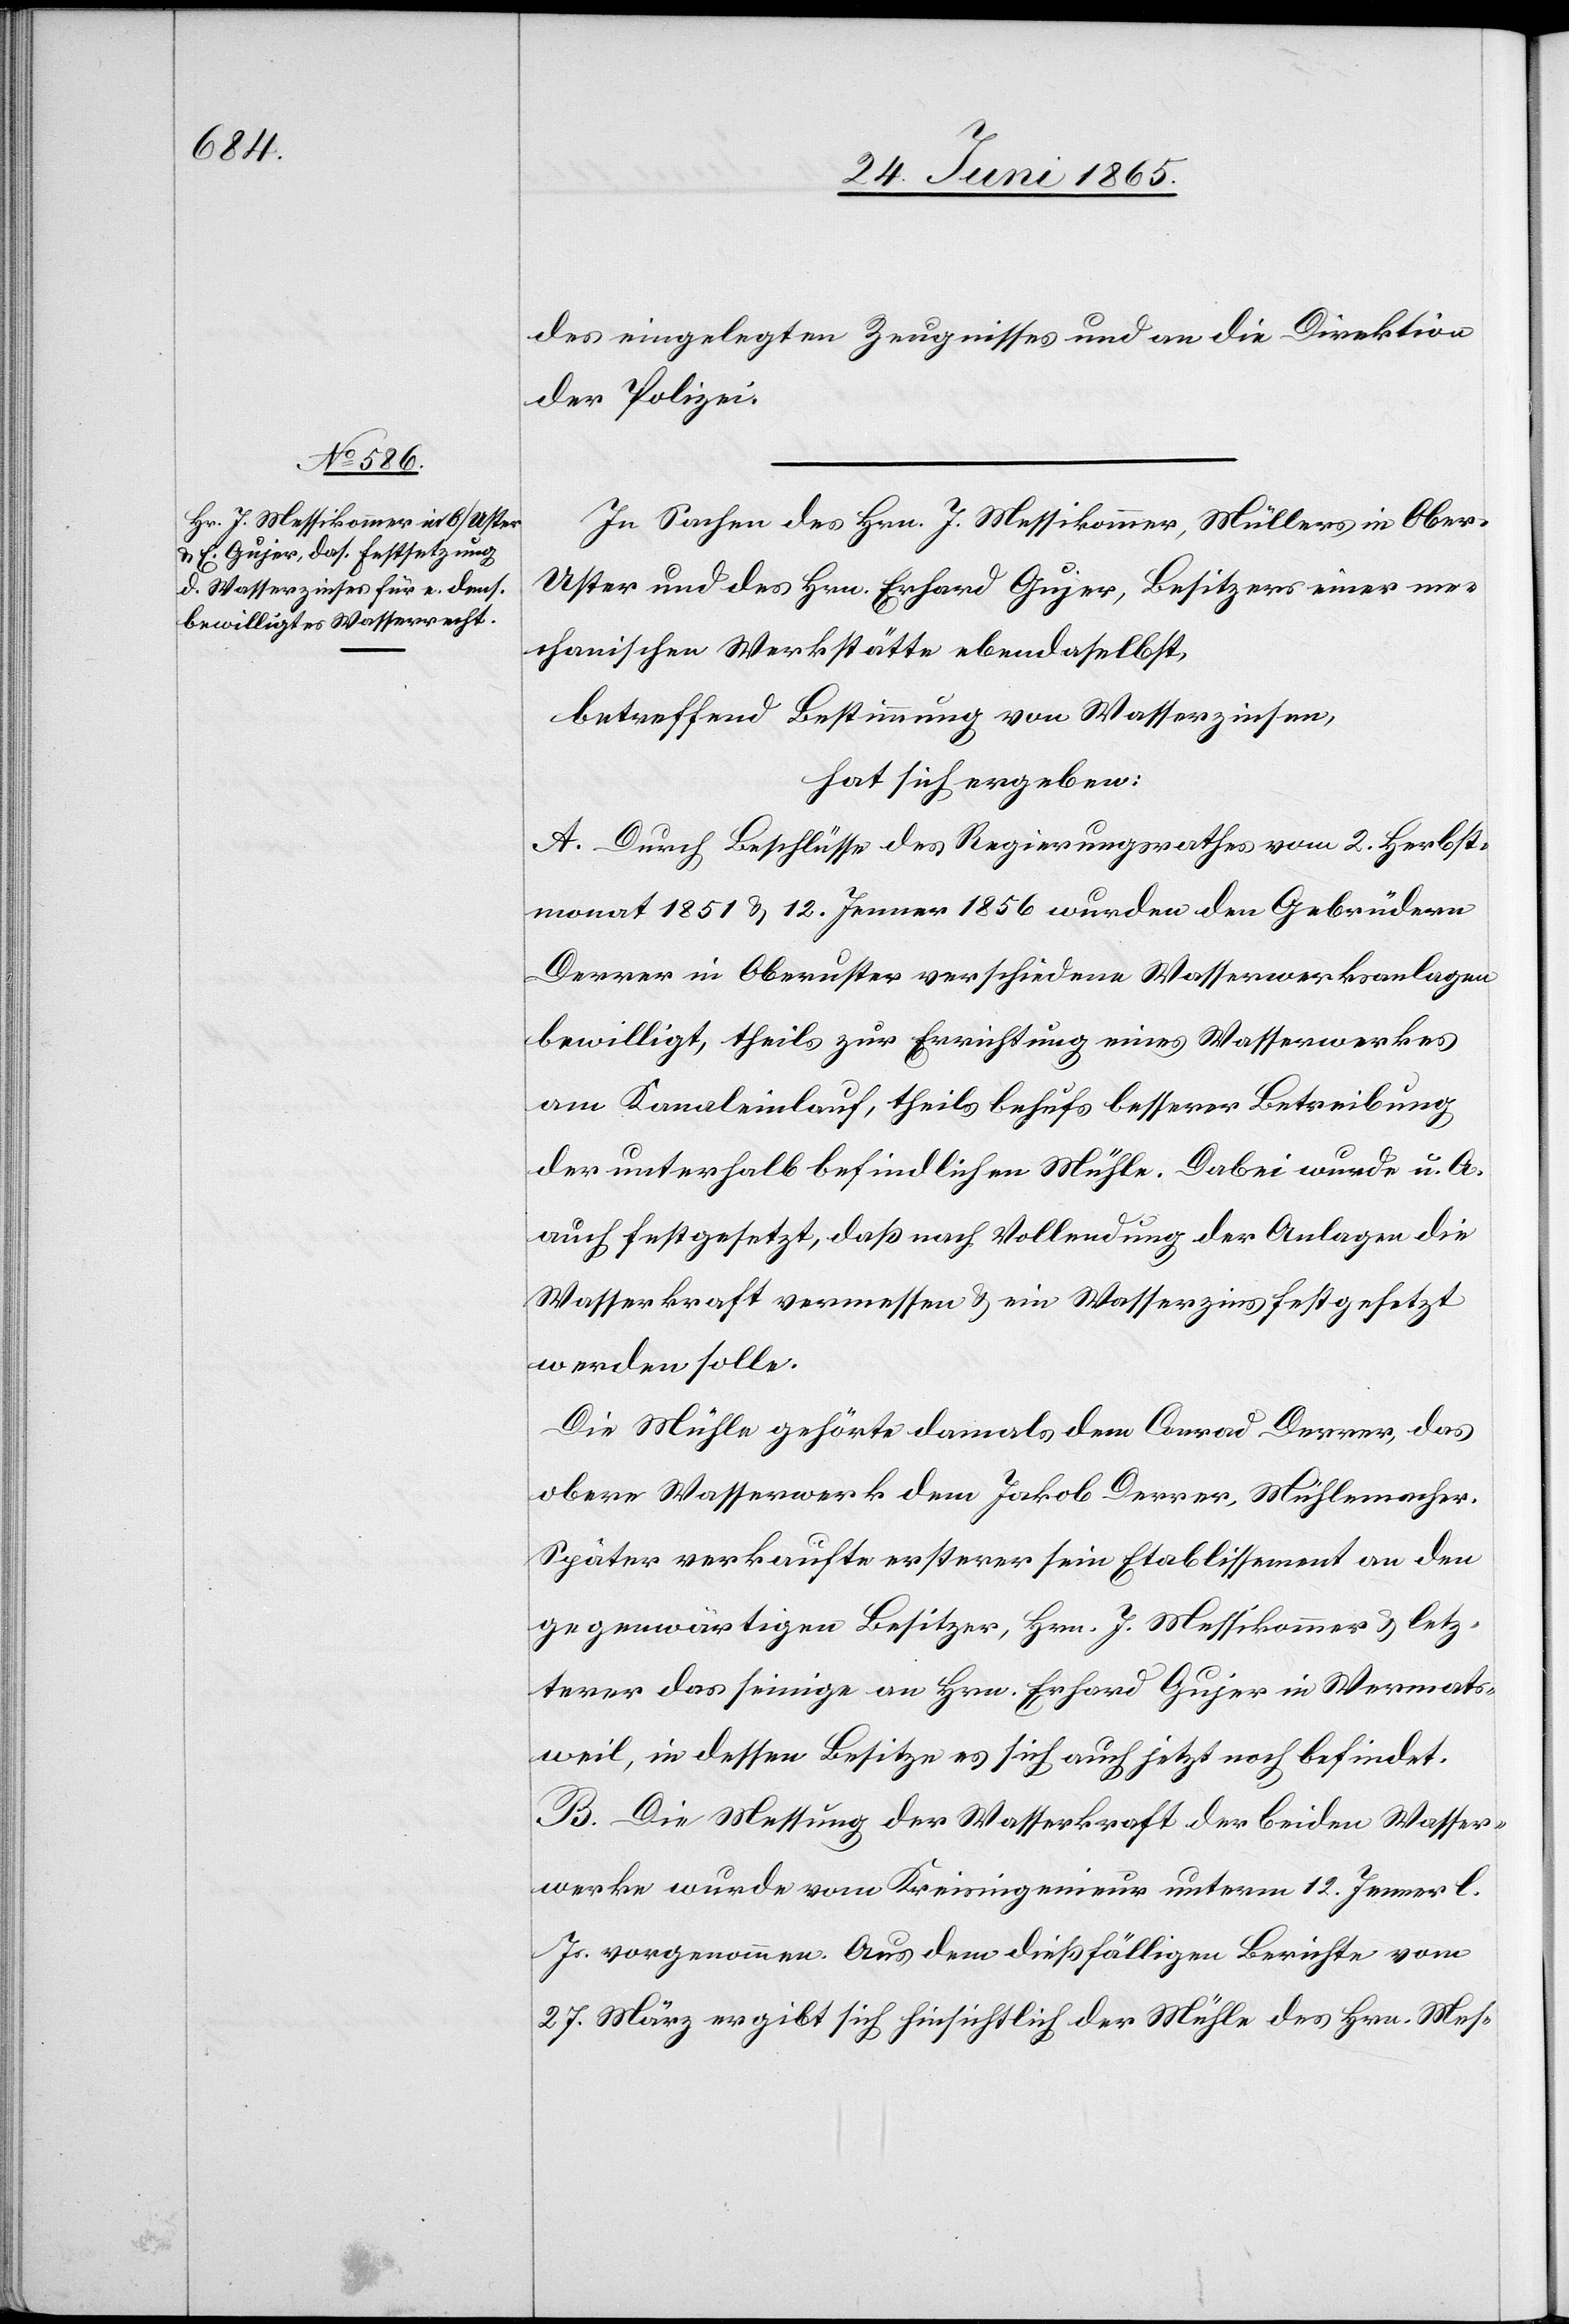
des eingelegten Zeugnisses und an die Direktion
der Polizei.
In Sachen des Hrn. J. Messikommer, Müllers in Ober-U¬
ster und des Hrn. Erhard Gujer, Besitzers einer me¬
chanischen Werkstätte ebendaselbst,
betreffend Bestimmung von Wasserzinsen,
hat sich ergeben:
A. Durch Beschlüsse des Regierungsrathes vom 2. Herbst¬
monat 1851 & 12. Jenner 1856 wurden den Gebrüdern
Derrer in Oberuster verschiedene Wasserwerksanlagen
bewilligt, theils zur Errichtung eines Wasserwerkes
am Kanaleinlauf, theils behufs besserer Betreibung
der unterhalb befindlichen Mühle. Dabei wurde u. A.
auch festgesetzt, daß nach Vollendung der Anlagen die
Wasserkraft vermessen & ein Wasserzins festgesetzt
werden solle.
Die Mühle gehörte damals dem Conrad Derrer, das
obere Wasserwerk dem Jakob Derrer, Mühlemacher.
Später verkaufte ersterer sein Etablissement an den
gegenwärtigen Besitzer, Hrn. J. Messikommer & letz¬
terer das seinige an Hrn. Erhard Gujer in Wermats¬
weil, in dessen Besitze es sich auch jetzt noch befindet.
B. Die Messung der Wasserkraft der beiden Wasser¬
werke wurde vom Kreisingenieur unterm 12. Jenner l.
Js. vorgenommen. Aus dem dießfälligen Berichte vom
27. März ergibt sich hinsichtlich der Mühle des Hrn. Mes-